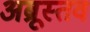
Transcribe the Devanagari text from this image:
अब्रूस्तव